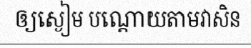
ឲ្យស្ងៀម បណ្តោយតាមវាសិន